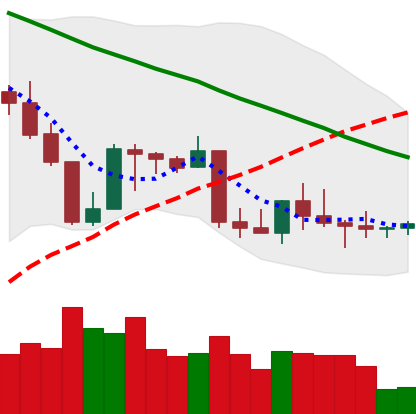
Ticker: BNB-USD
Chart end date: 2022-09-04
Forward return: 5.223%
Label: up_5_7